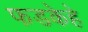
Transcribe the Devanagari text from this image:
फडकेहे